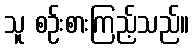
သူ စဉ်းစားကြည့်သည်။